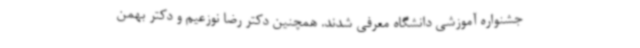
جشنواره آموزشی دانشگاه معرفی شدند. همچنین دکتر رضا نوزعیم و دکتر بهمن